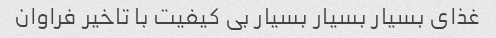
غذای بسیار بسیار بسیار بی کیفیت با تاخیر فراوان